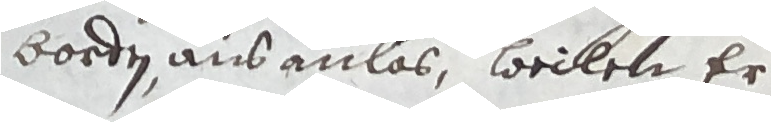
borde ausanlos, weilen er